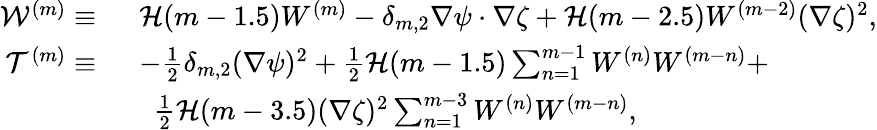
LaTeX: \begin{array}{rl}{\mathcal{W}^{(m)}\equiv~}&{\mathcal{H}(m-1.5)W^{(m)}-\delta_{m,2}\nabla\psi\cdot\nabla\zeta+\mathcal{H}(m-2.5)W^{(m-2)}(\nabla\zeta)^{2},}\\ {\mathcal{T}^{(m)}\equiv~}&{-\frac{1}{2}\delta_{m,2}(\nabla\psi)^{2}+\frac{1}{2}\mathcal{H}(m-1.5)\sum_{n=1}^{m-1}W^{(n)}W^{(m-n)}+}\\ &{~~\frac{1}{2}\mathcal{H}(m-3.5)(\nabla\zeta)^{2}\sum_{n=1}^{m-3}W^{(n)}W^{(m-n)},}\end{array}